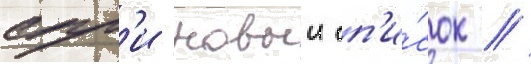
суг'и новыи сп'и́сок //